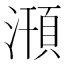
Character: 𣽥